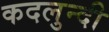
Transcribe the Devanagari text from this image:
कदलुन्दी